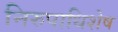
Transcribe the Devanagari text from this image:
निरुपाधिशेष